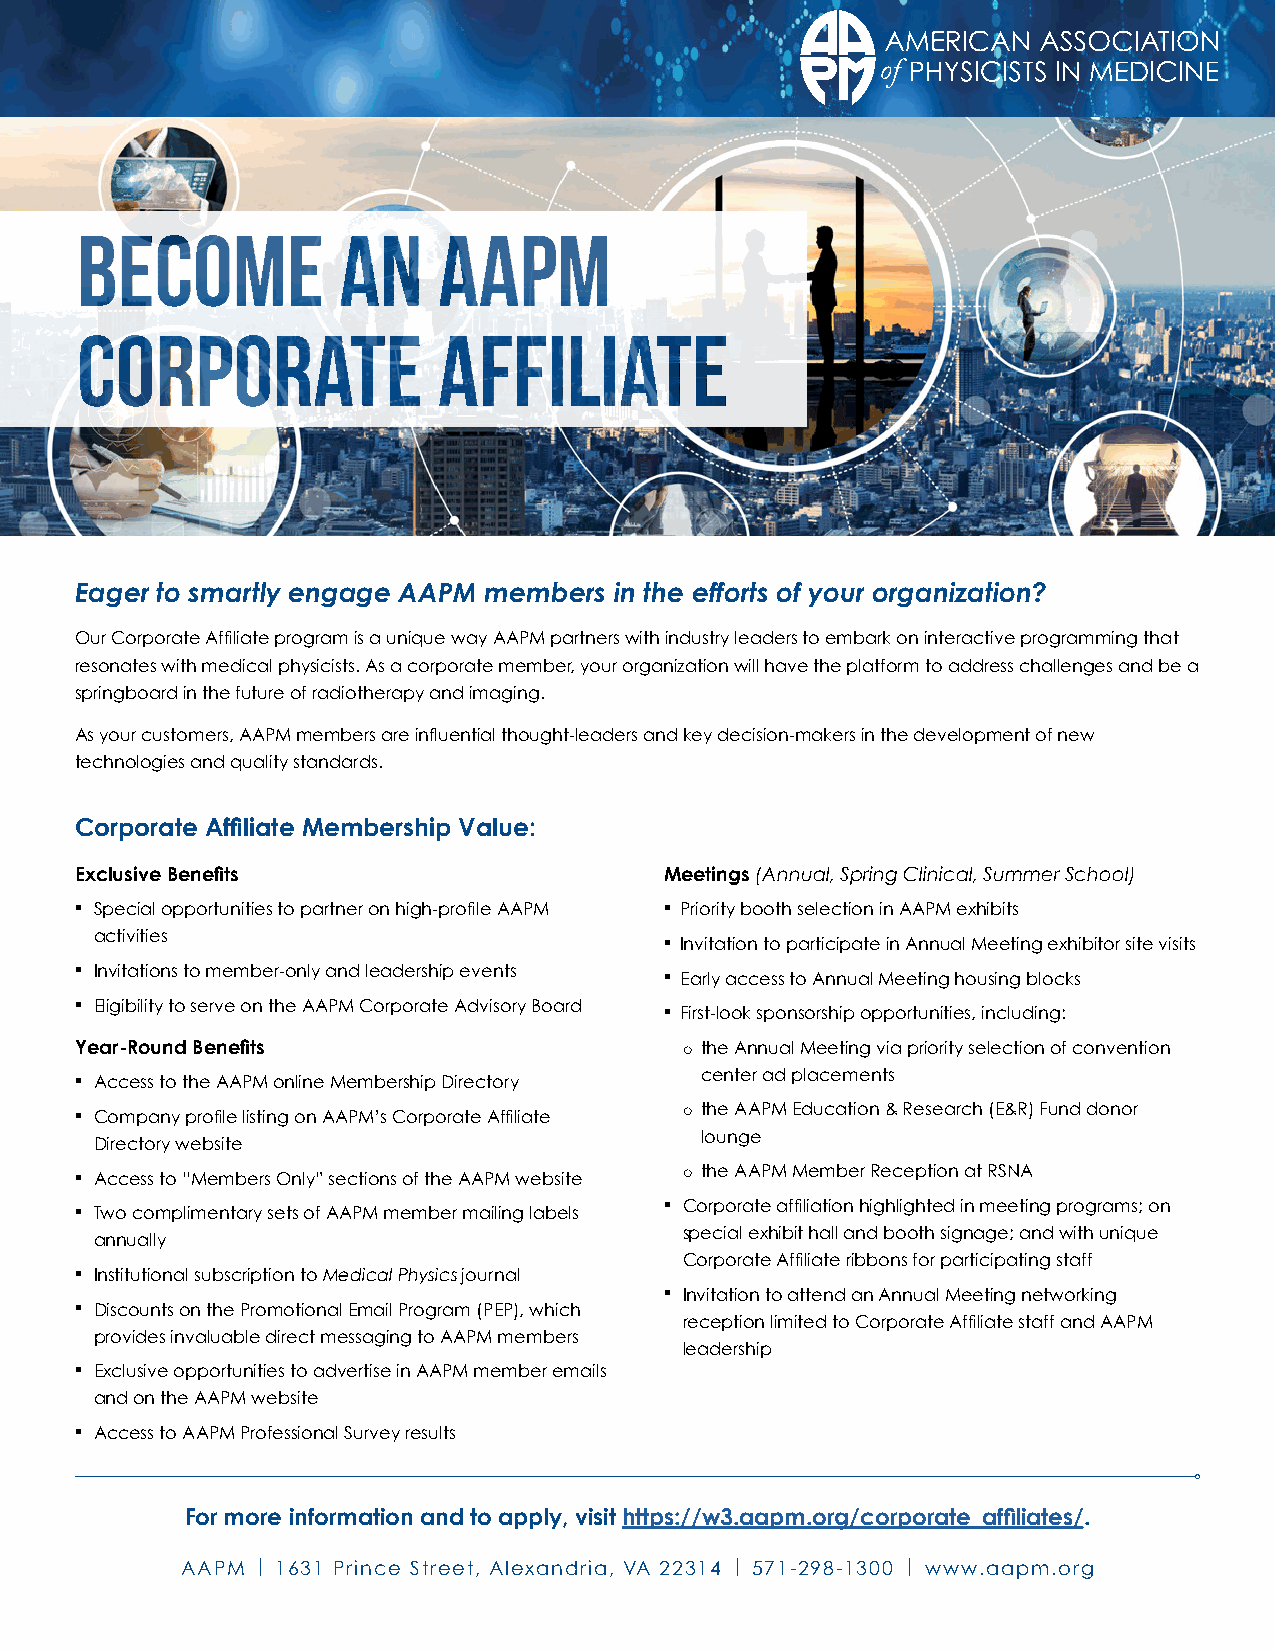
BECOME           AN     AAPM
 CORPORATE               AFFILIATE
 Eager to smartly engage AAPM members in the efforts of your organization?
 Our Corporate Affiliate program is a unique way AAPM partners with industry leaders to embark on interactive programming that
 resonates with medical physicists. As a corporate member, your organization will have the platform to address challenges and be a
 springboard in the future of radiotherapy and imaging.
 As your customers, AAPM members are influential thought-leaders and key decision-makers in the development of new
 technologies and quality standards.
 Corporate Affiliate Membership Value:
 Exclusive Benefits                     Meetings (Annual, Spring Clinical, Summer School)
 n Special opportunities to partner on high-profile AAPM n Priority booth selection in AAPM exhibits
 activities
 n Invitation to participate in Annual Meeting exhibitor site visits
 n Invitations to member-only and leadership events n Early access to Annual Meeting housing blocks
 n Eligibility to serve on the AAPM Corporate Advisory Board n First-look sponsorship opportunities, including:
 Year-Round Benefits                     ¡ the Annual Meeting via priority selection of convention
 center ad placements
 n Access to the AAPM online Membership Directory
 n Company profile listing on AAPM’s Corporate Affiliate ¡ the AAPM Education & Research (E&R) Fund donor
 lounge
 Directory website
 n Access to “Members Only” sections of the AAPM website ¡ the AAPM Member Reception at RSNA
 n Two complimentary sets of AAPM member mailing labels n Corporate affiliation highlighted in meeting programs; on
 special exhibit hall and booth signage; and with unique
 annually
 Corporate Affiliate ribbons for participating staff
 n Institutional subscription to Medical Physics journal
 n Invitation to attend an Annual Meeting networking
 n Discounts on the Promotional Email Program (PEP), which
 reception limited to Corporate Affiliate staff and AAPM
 provides invaluable direct messaging to AAPM members
 leadership
 n Exclusive opportunities to advertise in AAPM member emails
 and on the AAPM website
 n Access to AAPM Professional Survey results
 For more information and to apply, visit https://w3.aapm.org/corporate_affiliates/.
 AAPM | 1631 Prince Street, Alexandria, VA 22314 | 571-298-1300 | www.aapm.org